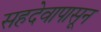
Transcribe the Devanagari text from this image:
सहदेवापासून